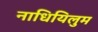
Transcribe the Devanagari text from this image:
नाधियिलुम